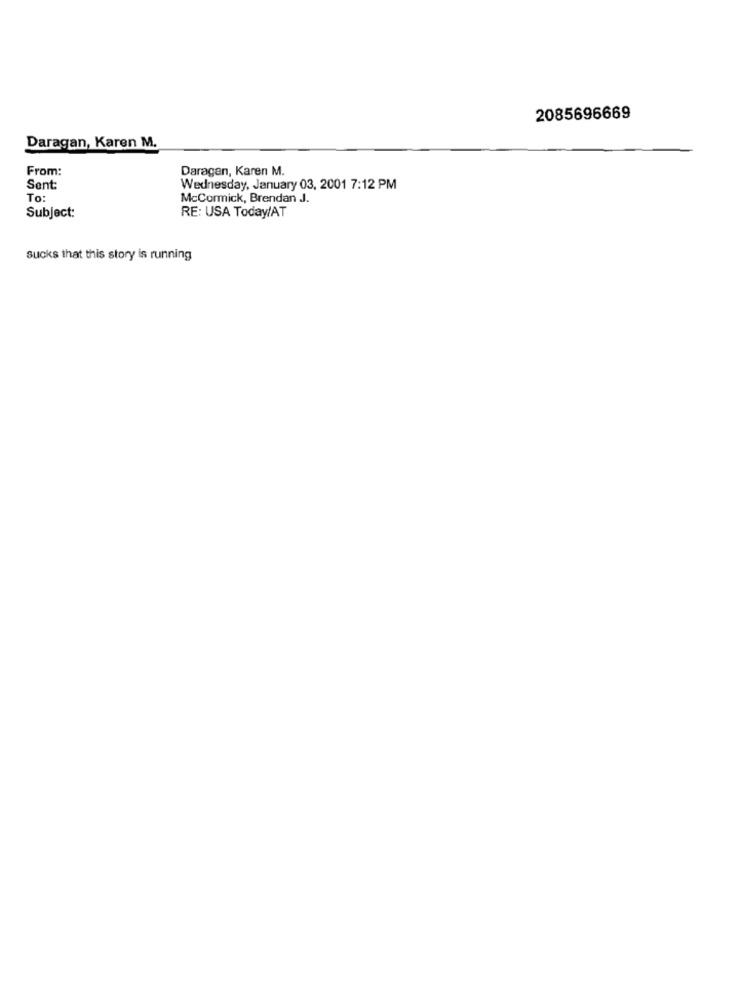
2085696669
Daragan, Karen M.
From:
Daragan, Karen M.
Sent:
Wednesday, January 03, 2001 7:12 PM
To:
McCormick, Brendan J.
RE: USA Today/AT
Subject:
sucks that this story is running